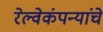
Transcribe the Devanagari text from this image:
रेल्वेकंपन्यांचे